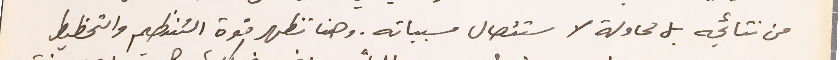
من نتائجه بل محاولة لاستئصال مسبباته. وهنا تظهر قوة التنظيم والتخطيط